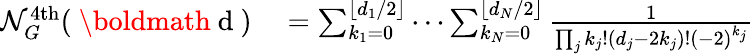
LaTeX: \begin{array}{rl}{\mathcal{N}_{G}^{\mathrm{4th}}(\mathrm{~\boldmath~d~})}&{{}=\sum_{k_{1}=0}^{\lfloor d_{1}/2\rfloor}\cdots\sum_{k_{N}=0}^{\lfloor d_{N}/2\rfloor}\frac{1}{\prod_{j}k_{j}!(d_{j}-2k_{j})!(-2)^{k_{j}}}}\end{array}